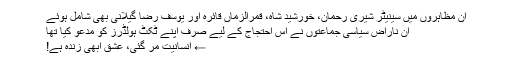
ان مظاہروں میں سینیٹر شیری رحمان، خورشید شاہ، قمرالزماں قائرہ اور یوسف رضا گیلانی بھی شامل ہوئے
ان ناراض سیاسی جماعتوں نے اس احتجاج کے لیے صرف اپنے ٹکٹ ہولڈرز کو مدعو کیا تھا
← انسانیت مر گئی، عشق ابھی زندہ ہے!